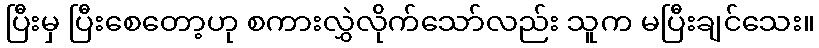
ပြီးမှ ပြီးစေတော့ဟု စကားလွှဲလိုက်သော်လည်း သူက မပြီးချင်သေး။